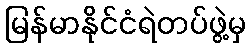
မြန်မာနိုင်ငံရဲတပ်ဖွဲ့မှ